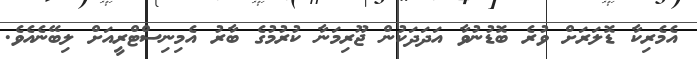
އެމެރިކާ ޑޮލަރަށް ވުރެ ބޮޑުނުވާ އަދަދަކުން ޖޫރިމަނާ ކުރުމުގެ ބާރު އެމިނިސްޓްރީއަށް ލިބޭނެއެވެ.